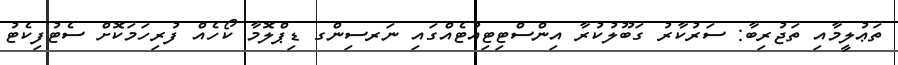
ތަޢުލީމާއި ތަޖުރިބާ: ސަރުކާރު ގަބޫލުކުރާ އިންސްޓިޓިއުޓެއްގައި ނަރސިންގ ޑިޕްލޮމާ ކޯހެއް ފުރިހަމަކޮށް ސެޓުފިކެޓު